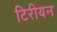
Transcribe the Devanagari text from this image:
टिरीयन